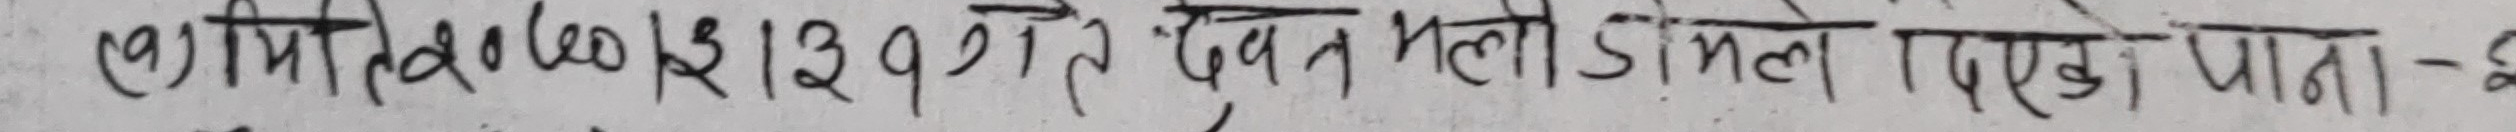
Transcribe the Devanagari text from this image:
(क) मिति २०७०।१२।२१ गते दिन भली डोलेको परखा पाना - १